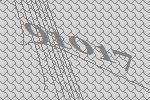
91017